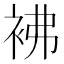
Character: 𧙂